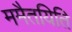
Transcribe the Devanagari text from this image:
ममैतयिति